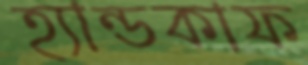
হ্যান্ডকাফ